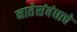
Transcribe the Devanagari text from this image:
नातेसंबंधाचे